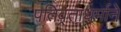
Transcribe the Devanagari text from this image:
पतिव्रताधर्माने